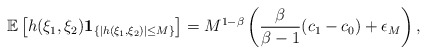
\begin{align*}\mathbb E\left[h(\xi_1,\xi_2)\mathbf{1}_{\{|h(\xi_1,\xi_2)|\le M \}}\right]=M^{1-\beta}\left(\frac{\beta }{\beta-1}(c_1-c_0)+\epsilon_M\right),\end{align*}